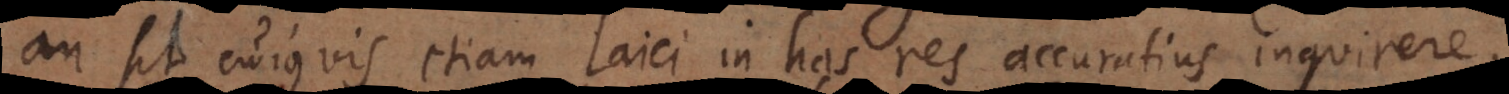
an sit cujusvis etiam Laici in has res accuratius inquirere,